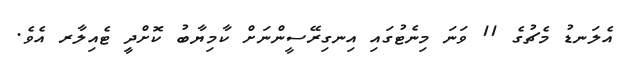
އެލަނޑު މެޗުގެ 11 ވަނަ މިނެޓުގައި އިނގިރޭސީންނަށް ކާމިޔާބު ކޮށްދިީ ޓެއިލާރ އެވެ.